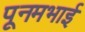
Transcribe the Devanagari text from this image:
पूनमभाई